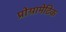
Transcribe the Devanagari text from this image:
प्रोग्रामेटिक